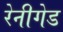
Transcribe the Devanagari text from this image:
रेनीगेड